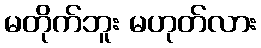
မတိုက်ဘူး မဟုတ်လား